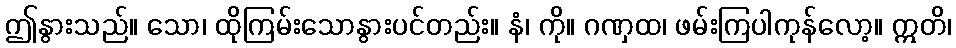
ဤနွားသည်။ သော၊ ထိုကြမ်းသောနွားပင်တည်း။ နံ၊ ကို။ ဂဏှထ၊ ဖမ်းကြပါကုန်လော့။ ဣတိ၊